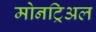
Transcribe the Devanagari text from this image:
मोनट्रिअल